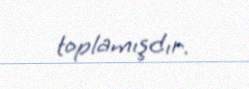
toplamışdır.